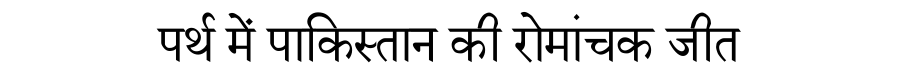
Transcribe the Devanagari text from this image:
पर्थ में पाकिस्तान की रोमांचक जीत